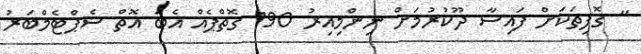
" ގޮފިތަކަށް ފައިސާ ދޫކުރުމަށް ނިންމިއިރު 190 ގޮތްޕެއް އެބަ އޮތް ސެޕްޓެމްބަރު